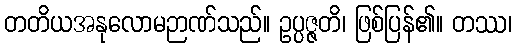
တတိယအနုလောမဉာဏ်သည်။ ဥပ္ပဇ္ဇတိ၊ ဖြစ်ပြန်၏။ တဿ၊